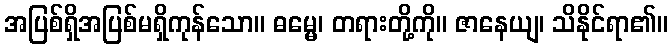
အပြစ်ရှိအပြစ်မရှိကုန်သော။ ဓမ္မေ၊ တရားတို့ကို။ ဇာနေယျ၊ သိနိုင်ရာ၏။